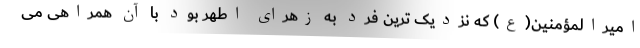
امیرالمؤمنین(ع) که نزدیک ترین فرد به زهرای اطهر بود با آن همراهی می